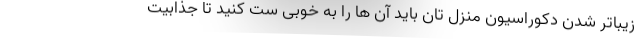
زیباتر شدن دکوراسیون منزل تان باید آن ها را به خوبی ست کنید تا جذابیت